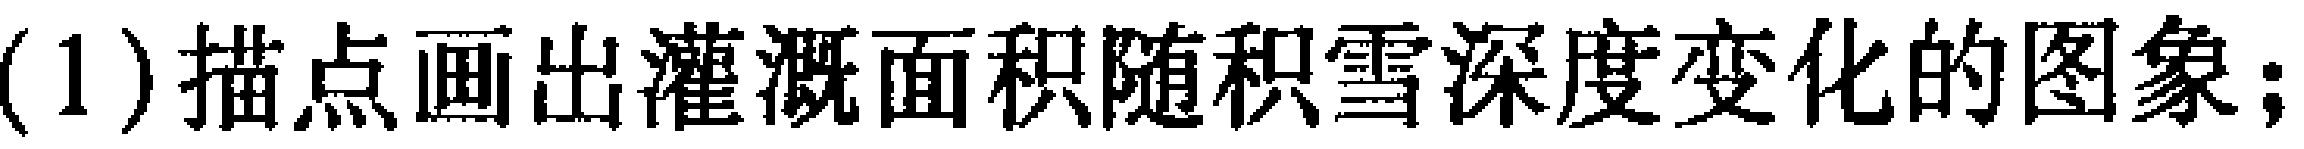
(1) 描点画出灌溉面积随积雪深度变化的图象;